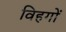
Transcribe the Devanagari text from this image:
विहगों